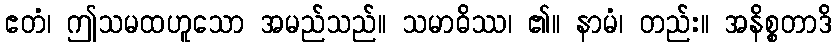
ဧတံ၊ ဤသမထဟူသော အမည်သည်။ သမာဓိဿ၊ ၏။ နာမံ၊ တည်း။ အနိစ္စတာဒိ